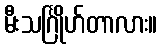
မီးသင်္ဂြိုဟ်တာလား။